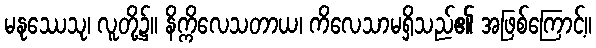
မနုဿေသု၊ လူတို့၌။ နိက္ကိလေသတာယ၊ ကိလေသာမရှိသည်၏ အဖြစ်ကြောင့်။